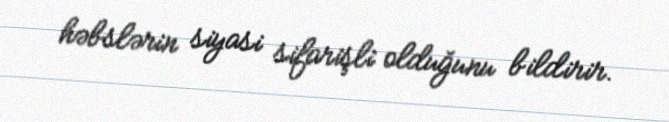
həbslərin siyasi sifarişli olduğunu bildirir.